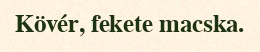
Kövér, fekete macska.